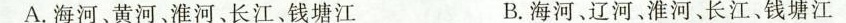
A. 海河、黄河、淮河、长江、钱塘江 B. 海河、辽河、淮河、长江、钱塘江